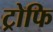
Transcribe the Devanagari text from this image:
ट्रोफि